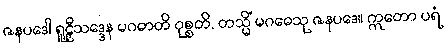
ဇနပဒေါ ရူဠှီသဒ္ဒေန မဂဓာတိ ဝုစ္စတိ, တသ္မိံ မဂဓေသု ဇနပဒေ။ ဣတော ပရံ